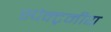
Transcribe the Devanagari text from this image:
स्पेक्ट्रमीय